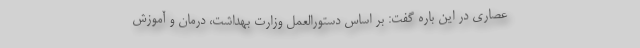
عصاری در این باره گفت: بر اساس دستورالعمل وزارت بهداشت، درمان و آموزش